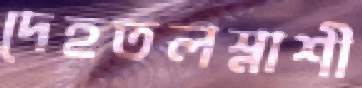
দেহতলস্নাশী